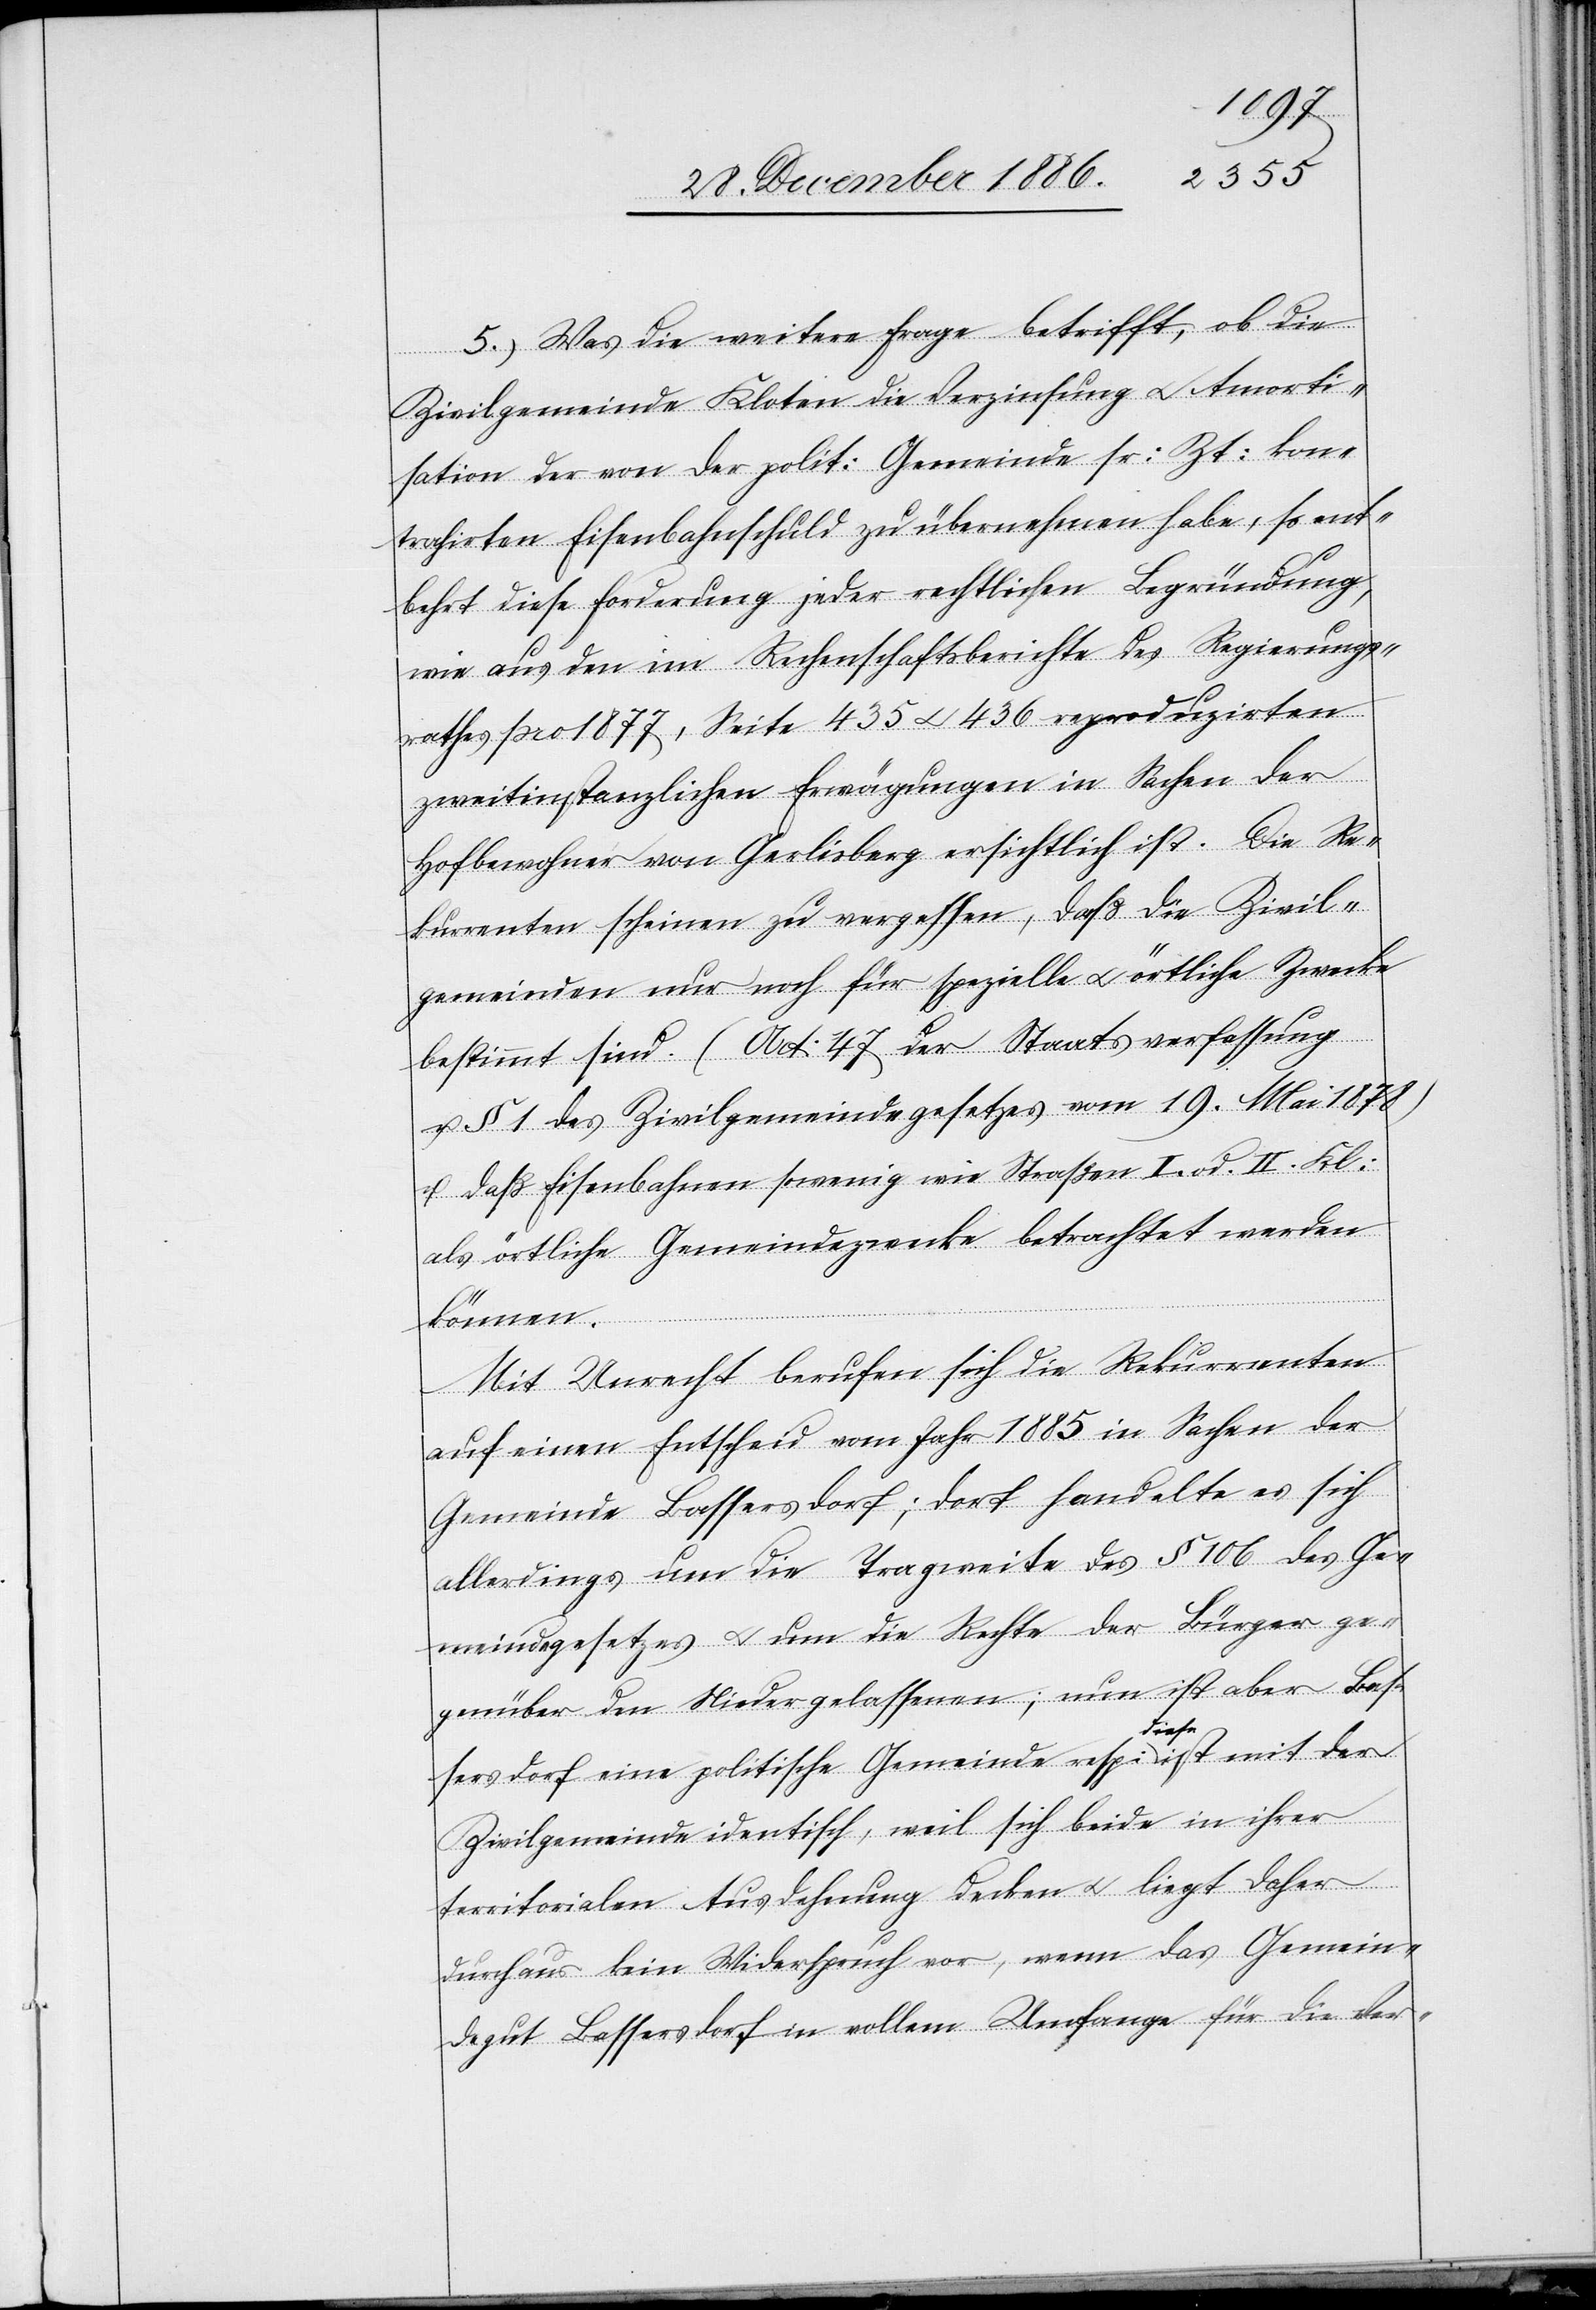
5.) Was die weitere Frage betrifft, ob die
Zivilgemeinde Kloten die Verzinsung & Amorti¬
sation der von der polit: Gemeinde sr: Zt: kon¬
trahirten Eisenbahnschuld zu übernehmen habe, so ent¬
behrt diese Forderung jeder rechtlichen Begründung,
wie aus den im Rechenschaftsberichte des Regierungs¬
rathes pro 1877, Seite 435 & 436 reproduzirten
zweitinstanzlichen Erwägungen in Sachen der
Hofbewohner von Gerlisberg ersichtlich ist. Die Re¬
kurrenten scheinen zu vergessen, daß die Zivil¬
gemeinden nur noch für spezielle & örtliche Zwecke
bestimmt sind. (Art: 47 der Staatsverfassung
u. § 1 des Zivilgemeindegesetzes vom 19. Mai 1878)
u. daß Eisenbahnen sowenig wie Straßen I. od. II. Kl.:
als örtliche Gemeindezwecke betrachtet werden
können.
Mit Unrecht berufen sich die Rekurrenten
auf einen Entscheid vom Jahr 1885 in Sachen der
Gemeinde Bassersdorf; dort handelte es sich
allerdings um die Tragweite des § 106 des Ge¬
meindegesetzes & um die Rechte der Bürger ge¬
genüber den Niedergelassenen; nun ist aber Bas¬
sersdorf eine politische Gemeinde resp: diese ist mit der
Zivilgemeinde identisch, weil sich beide in ihrer
territorialen Ausdehnung decken & liegt daher
durchaus kein Widerspruch vor, wenn das Gemein¬
degut Bassersdorf in vollem Umfange für die Ver-